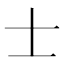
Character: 士